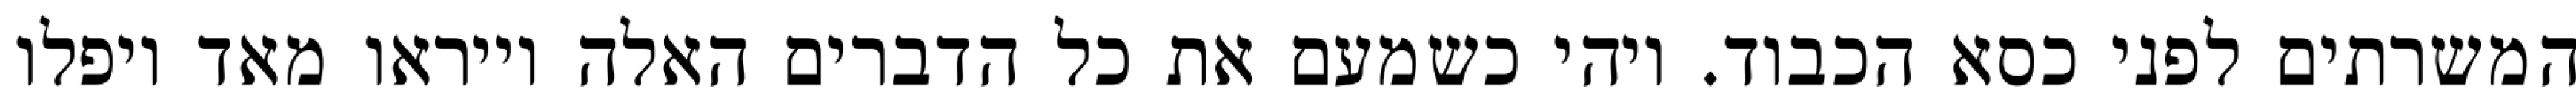
המשרתים לפני כסא הכבוד. ויהי כשמעם את כל הדברים האלה וייראו מאד ויפלו